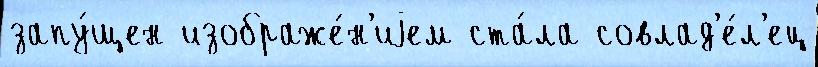
запу́щен изображе́н'иjем ста́ла совлад'е́л'ец